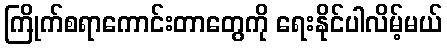
ကြိုက်စရာကောင်းတာတွေကို ရေးနိုင်ပါလိမ့်မယ်